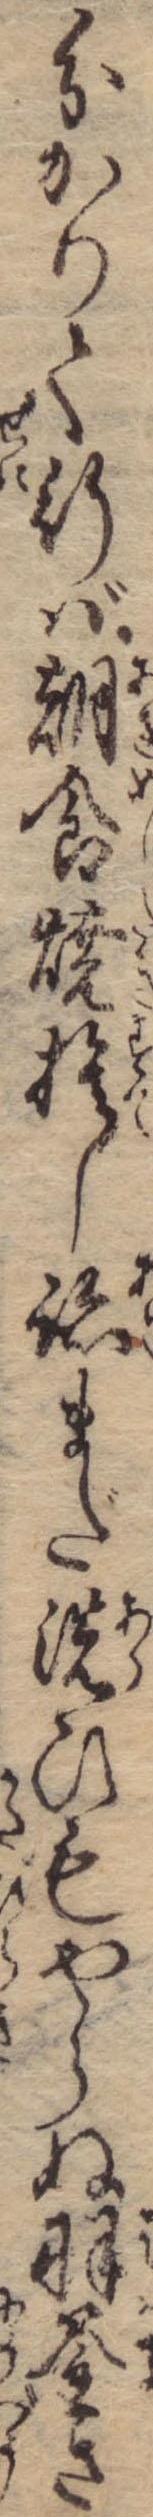
分かりて行ば朝食焼捨し跡まだ洗ひもやらぬ羽釜さ